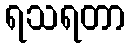
ရသရတာ